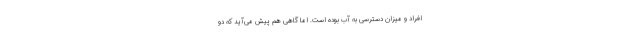
افراد و میزان دسترسی به آب بوده است. اما گاهی هم پیش می‌آید که دو